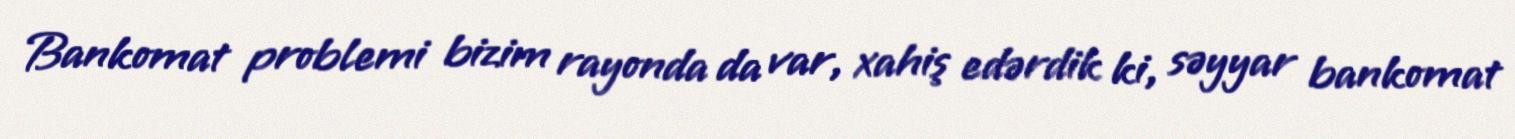
Bankomat problemi bizim rayonda da var, xahiş edərdik ki, səyyar bankomat